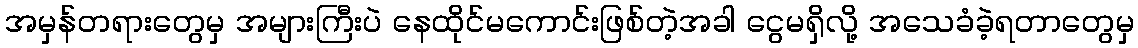
အမှန်တရားတွေမှ အများကြီးပဲ နေထိုင်မကောင်းဖြစ်တဲ့အခါ ငွေမရှိလို့ အသေခံခဲ့ရတာတွေမှ